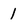
Character: 1